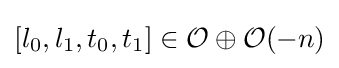
[l_{0},l_{1},t_{0},t_{1}]\in {\mathcal {O}}\oplus {\mathcal {O}}(-n)